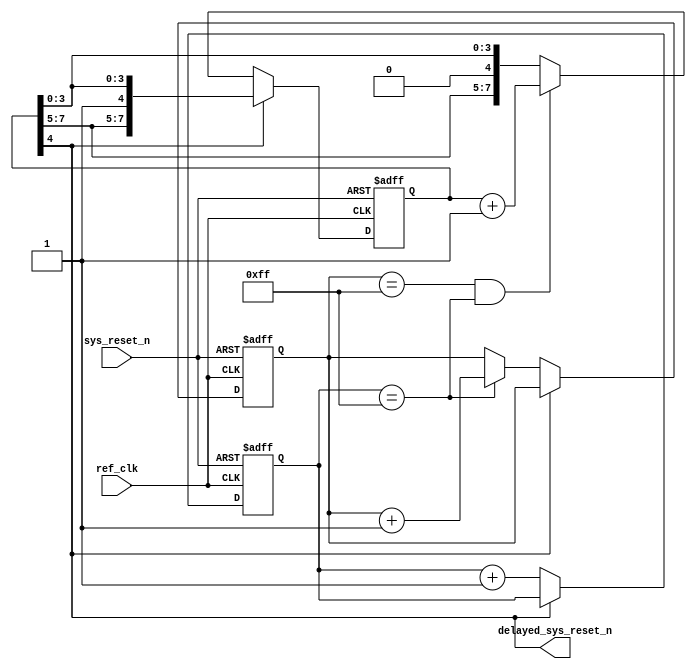
module pcie_reset_delay_v6 # (

  parameter PL_FAST_TRAIN = "FALSE",
  parameter REF_CLK_FREQ = 0,   // 0 - 100 MHz, 1 - 125 MHz, 2 - 250 MHz
  parameter TCQ = 1

)
(

  input  wire        ref_clk,
  input  wire        sys_reset_n,
  output             delayed_sys_reset_n
   
);


  localparam         TBIT =  (PL_FAST_TRAIN == "FALSE") ?  ((REF_CLK_FREQ == 1) ? 20: (REF_CLK_FREQ == 0) ? 20 : 21) : 2;

  reg [7:0]          reg_count_7_0;
  reg [7:0]          reg_count_15_8;
  reg [7:0]          reg_count_23_16;
  wire [23:0]        concat_count;

  assign concat_count = {reg_count_23_16, reg_count_15_8, reg_count_7_0};

  always @(posedge ref_clk or negedge sys_reset_n) begin

    if (!sys_reset_n) begin

      reg_count_7_0 <= #TCQ 8'h0;
      reg_count_15_8 <= #TCQ 8'h0;
      reg_count_23_16 <= #TCQ 8'h0;

    end else begin

      if (delayed_sys_reset_n != 1'b1) begin

        reg_count_7_0   <= #TCQ reg_count_7_0 + 1'b1;
        reg_count_15_8  <= #TCQ (reg_count_7_0 == 8'hff)? reg_count_15_8  + 1'b1 : reg_count_15_8 ;
        reg_count_23_16 <= #TCQ ((reg_count_15_8 == 8'hff) & (reg_count_7_0 == 8'hff)) ? reg_count_23_16 + 1'b1 : reg_count_23_16;

      end 

    end

  end

  assign delayed_sys_reset_n = concat_count[TBIT]; 

endmodule